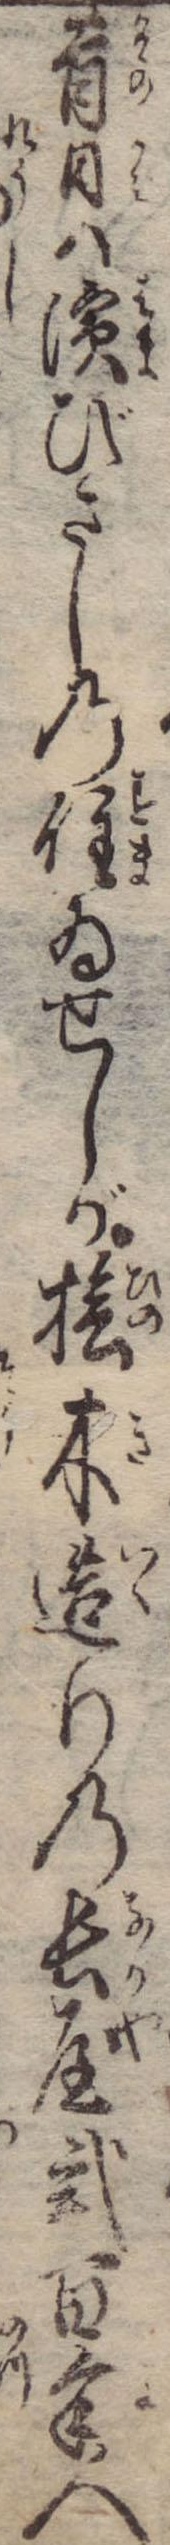
昔日は浜びさしの住ゐせしが桧木造りの長屋弐百余人